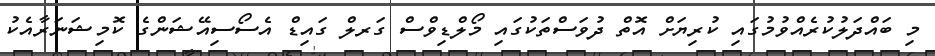
މި ބައްދަލުކުރެއްވުމުގައި ކުރިޔަށް އޮތް ދުވަސްތަކުގައި މޯލްޑިވްސް ގަރލް ގައިޑް އެސޯސިއޭޝަންގެ ކޮމިޝަނަރާއެކު